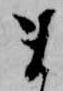
ま